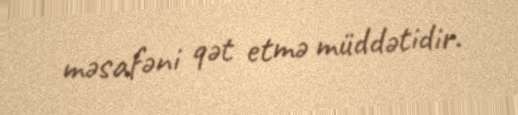
məsafəni qət etmə müddətidir.